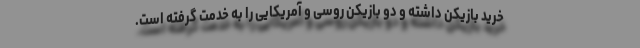
خرید بازیکن داشته و دو بازیکن روسی و آمریکایی را به خدمت گرفته است.